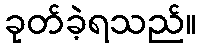
ခုတ်ခဲ့ရသည်။